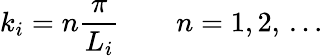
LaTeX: k_{i}=n\frac{\pi}{L_{i}}\qquad n=1,2,\, \dots